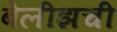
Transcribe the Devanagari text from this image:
बेलीझची